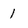
Character: 1